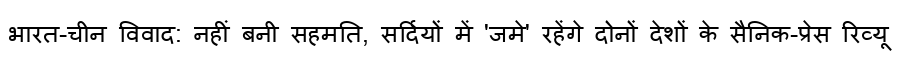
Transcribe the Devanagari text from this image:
भारत-चीन विवाद: नहीं बनी सहमति, सर्दियों में 'जमे' रहेंगे दोनों देशों के सैनिक-प्रेस रिव्यू